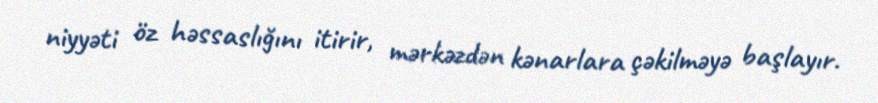
niyyəti öz həssaslığını itirir, mərkəzdən kənarlara çəkilməyə başlayır.